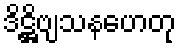
ဒိဋ္ဌိဗျသနဟေတု